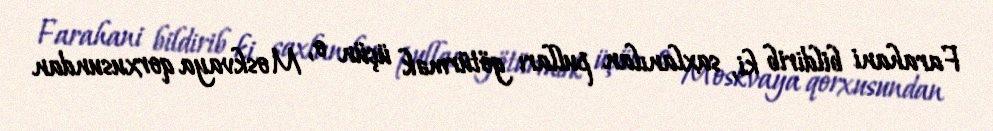
Farahani bildirib ki, saxlanılan pulları götürmək üçün o, Moskvaya qorxusundan